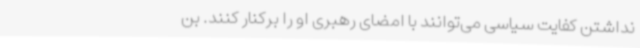
نداشتن کفایت سیاسی می‌توانند با امضای رهبری او را برکنار کنند. بن